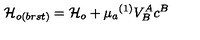
{ \cal H } _ { o ( b r s t ) } = { \cal H } _ { o } + \mu _ { a } { } ^ { ( 1 ) } V _ { B } ^ { A } c ^ { B }